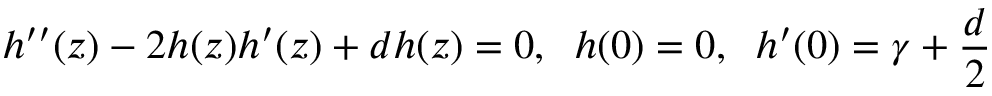
h ^ { \prime \prime } ( z ) - 2 h ( z ) h ^ { \prime } ( z ) + d h ( z ) = 0 , \; \; h ( 0 ) = 0 , \; \; h ^ { \prime } ( 0 ) = \gamma + \frac { d } { 2 }